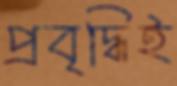
প্রবৃদ্ধিই